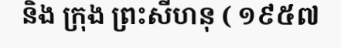
និង ក្រុង ព្រះសីហនុ ( ១៩៥៧